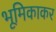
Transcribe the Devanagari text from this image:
भूमिकाकर